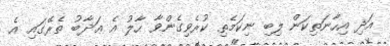
އަދި އިހާނަތިކަން ލިބި ނިކަމެތި ކުރެވިގެންވާ ހާލު އެ ޢަޛާބު ތެރޭގައި އެ